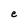
Character: e